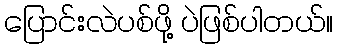
ပြောင်းလဲပစ်ဖို့ ပဲဖြစ်ပါတယ်။